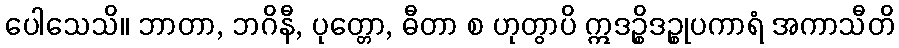
ပေါသေသိ။ ဘာတာ, ဘဂိနီ, ပုတ္တော, ဓီတာ စ ဟုတွာပိ ဣဒဉ္စိဒဉ္စုပကာရံ အကာသီတိ